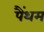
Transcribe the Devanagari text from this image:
पैंथम